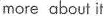
more about it